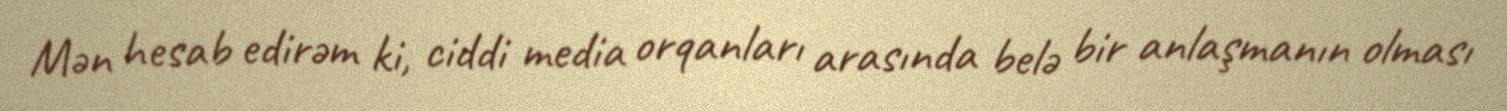
Mən hesab edirəm ki, ciddi media orqanları arasında belə bir anlaşmanın olması